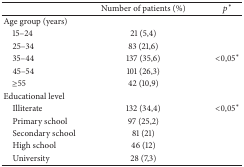
<table><thead><tr><td><b> </b></td><td><b>Number of patients (%)</b></td><td><b><i>p</i><sup><i>∗</i></sup></b></td></tr></thead><tbody><tr><td>Age group (years)</td><td> </td><td> </td></tr><tr><td> 15–24</td><td> 21 (5,4)</td><td> </td></tr><tr><td> 25–34</td><td> 83 (21,6)</td><td> </td></tr><tr><td> 35–44</td><td> 137 (35,6)</td><td>&lt;0,05<sup><i>∗</i></sup></td></tr><tr><td> 45–54</td><td> 101 (26,3)</td><td> </td></tr><tr><td> ≥55</td><td> 42 (10,9)</td><td> </td></tr><tr><td>Educational level</td><td> </td><td> </td></tr><tr><td> Illiterate</td><td> 132 (34,4)</td><td>&lt;0,05<sup><i>∗</i></sup></td></tr><tr><td> Primary school</td><td> 97 (25,2)</td><td> </td></tr><tr><td> Secondary school</td><td> 81 (21)</td><td> </td></tr><tr><td> High school</td><td> 46 (12)</td><td> </td></tr><tr><td> University</td><td> 28 (7,3)</td><td> </td></tr></tbody></table>